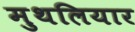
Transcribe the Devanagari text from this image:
मुथलियार